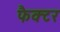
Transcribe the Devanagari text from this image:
फैक्‍टर